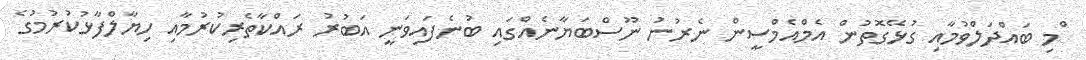
ްމި ބައްދަލްވުމާއި ގުޅޭގޮތުން އެމްއެމްސީން ނެރުނު ނޫސްބަޔާނެއްގައި ބުނެފައިވަނީ އަބުރު ރައްކާތެރިކުރުމާއި ހިޔާލްފާޅުކުރުމުގެ